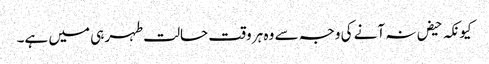
کیونکہ حیض نہ آنے کی وجہ سے وہ ہر وقت حالت طہر ہی میں ہے۔